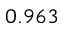
0 . 9 6 3